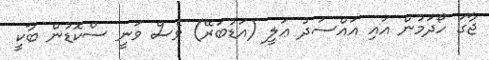
ޖާގަ ހޯދަމުން އައި އައްސަދު ޢަލީ (އަޑުބަރޭ) ވެސް ވަނީ ސްކޮޑުން ބާކީ